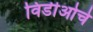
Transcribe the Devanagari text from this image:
विडीओचे